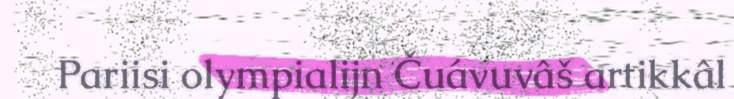
Pariisi olympialijn Čuávuvâš artikkâl